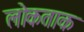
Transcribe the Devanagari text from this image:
लोकताक